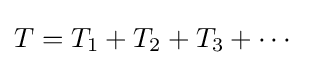
T=T_{1}+T_{2}+T_{3}+\cdots